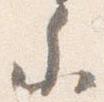
参